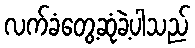
လက်ခံတွေ့ဆုံခဲ့ပါသည်